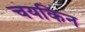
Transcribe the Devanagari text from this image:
चयकिन